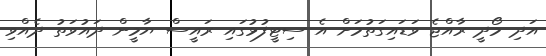
އަދި މޯދީ ރާއްޖެ ވަޑައިގަތުމަށް އެ ސިޓީފުޅުގައި ރައީސް ޔާމީން ދައުވަތު ދެއްވި